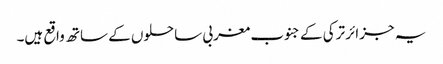
یہ جزائر ترکی کے جنوب مغربی ساحلوں کے ساتھ واقع ہیں۔